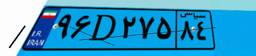
۷۲D۳۷۴۲۸